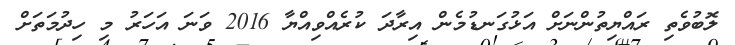
ލޮބުވެތި ރައްޔިތުންނަށް އަޅުގަނޑުމެން އިރާދަ ކުރެއްވިއްޔާ 2016 ވަނަ އަހަރު މި ހިދުމަތަށް